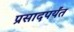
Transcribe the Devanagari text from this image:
प्रसादपर्यंत